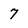
Character: 7